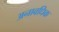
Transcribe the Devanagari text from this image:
अनावधिक